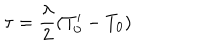
\tau = \frac { \lambda } { 2 } ( T _ { 0 } ^ { \prime } - T _ { 0 } )